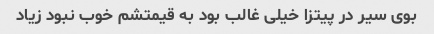
بوی سیر در پیتزا خیلی غالب بود به قیمتشم خوب نبود زیاد